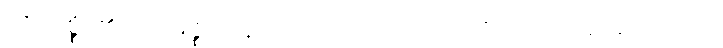
ဟိသစ္စံ၊ ၏။ ပဌမဇ္ဈာနေ၊ ၌။ ဖဿာဒယော၊ တို့သည်။ အညေယေဝ၊